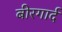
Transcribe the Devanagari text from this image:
बीरगार्द